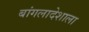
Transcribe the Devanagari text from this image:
बांगलादेशाला